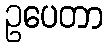
ဥပေတာ